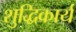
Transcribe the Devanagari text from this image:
शुद्धिकार्य